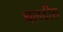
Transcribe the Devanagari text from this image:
चलदीस